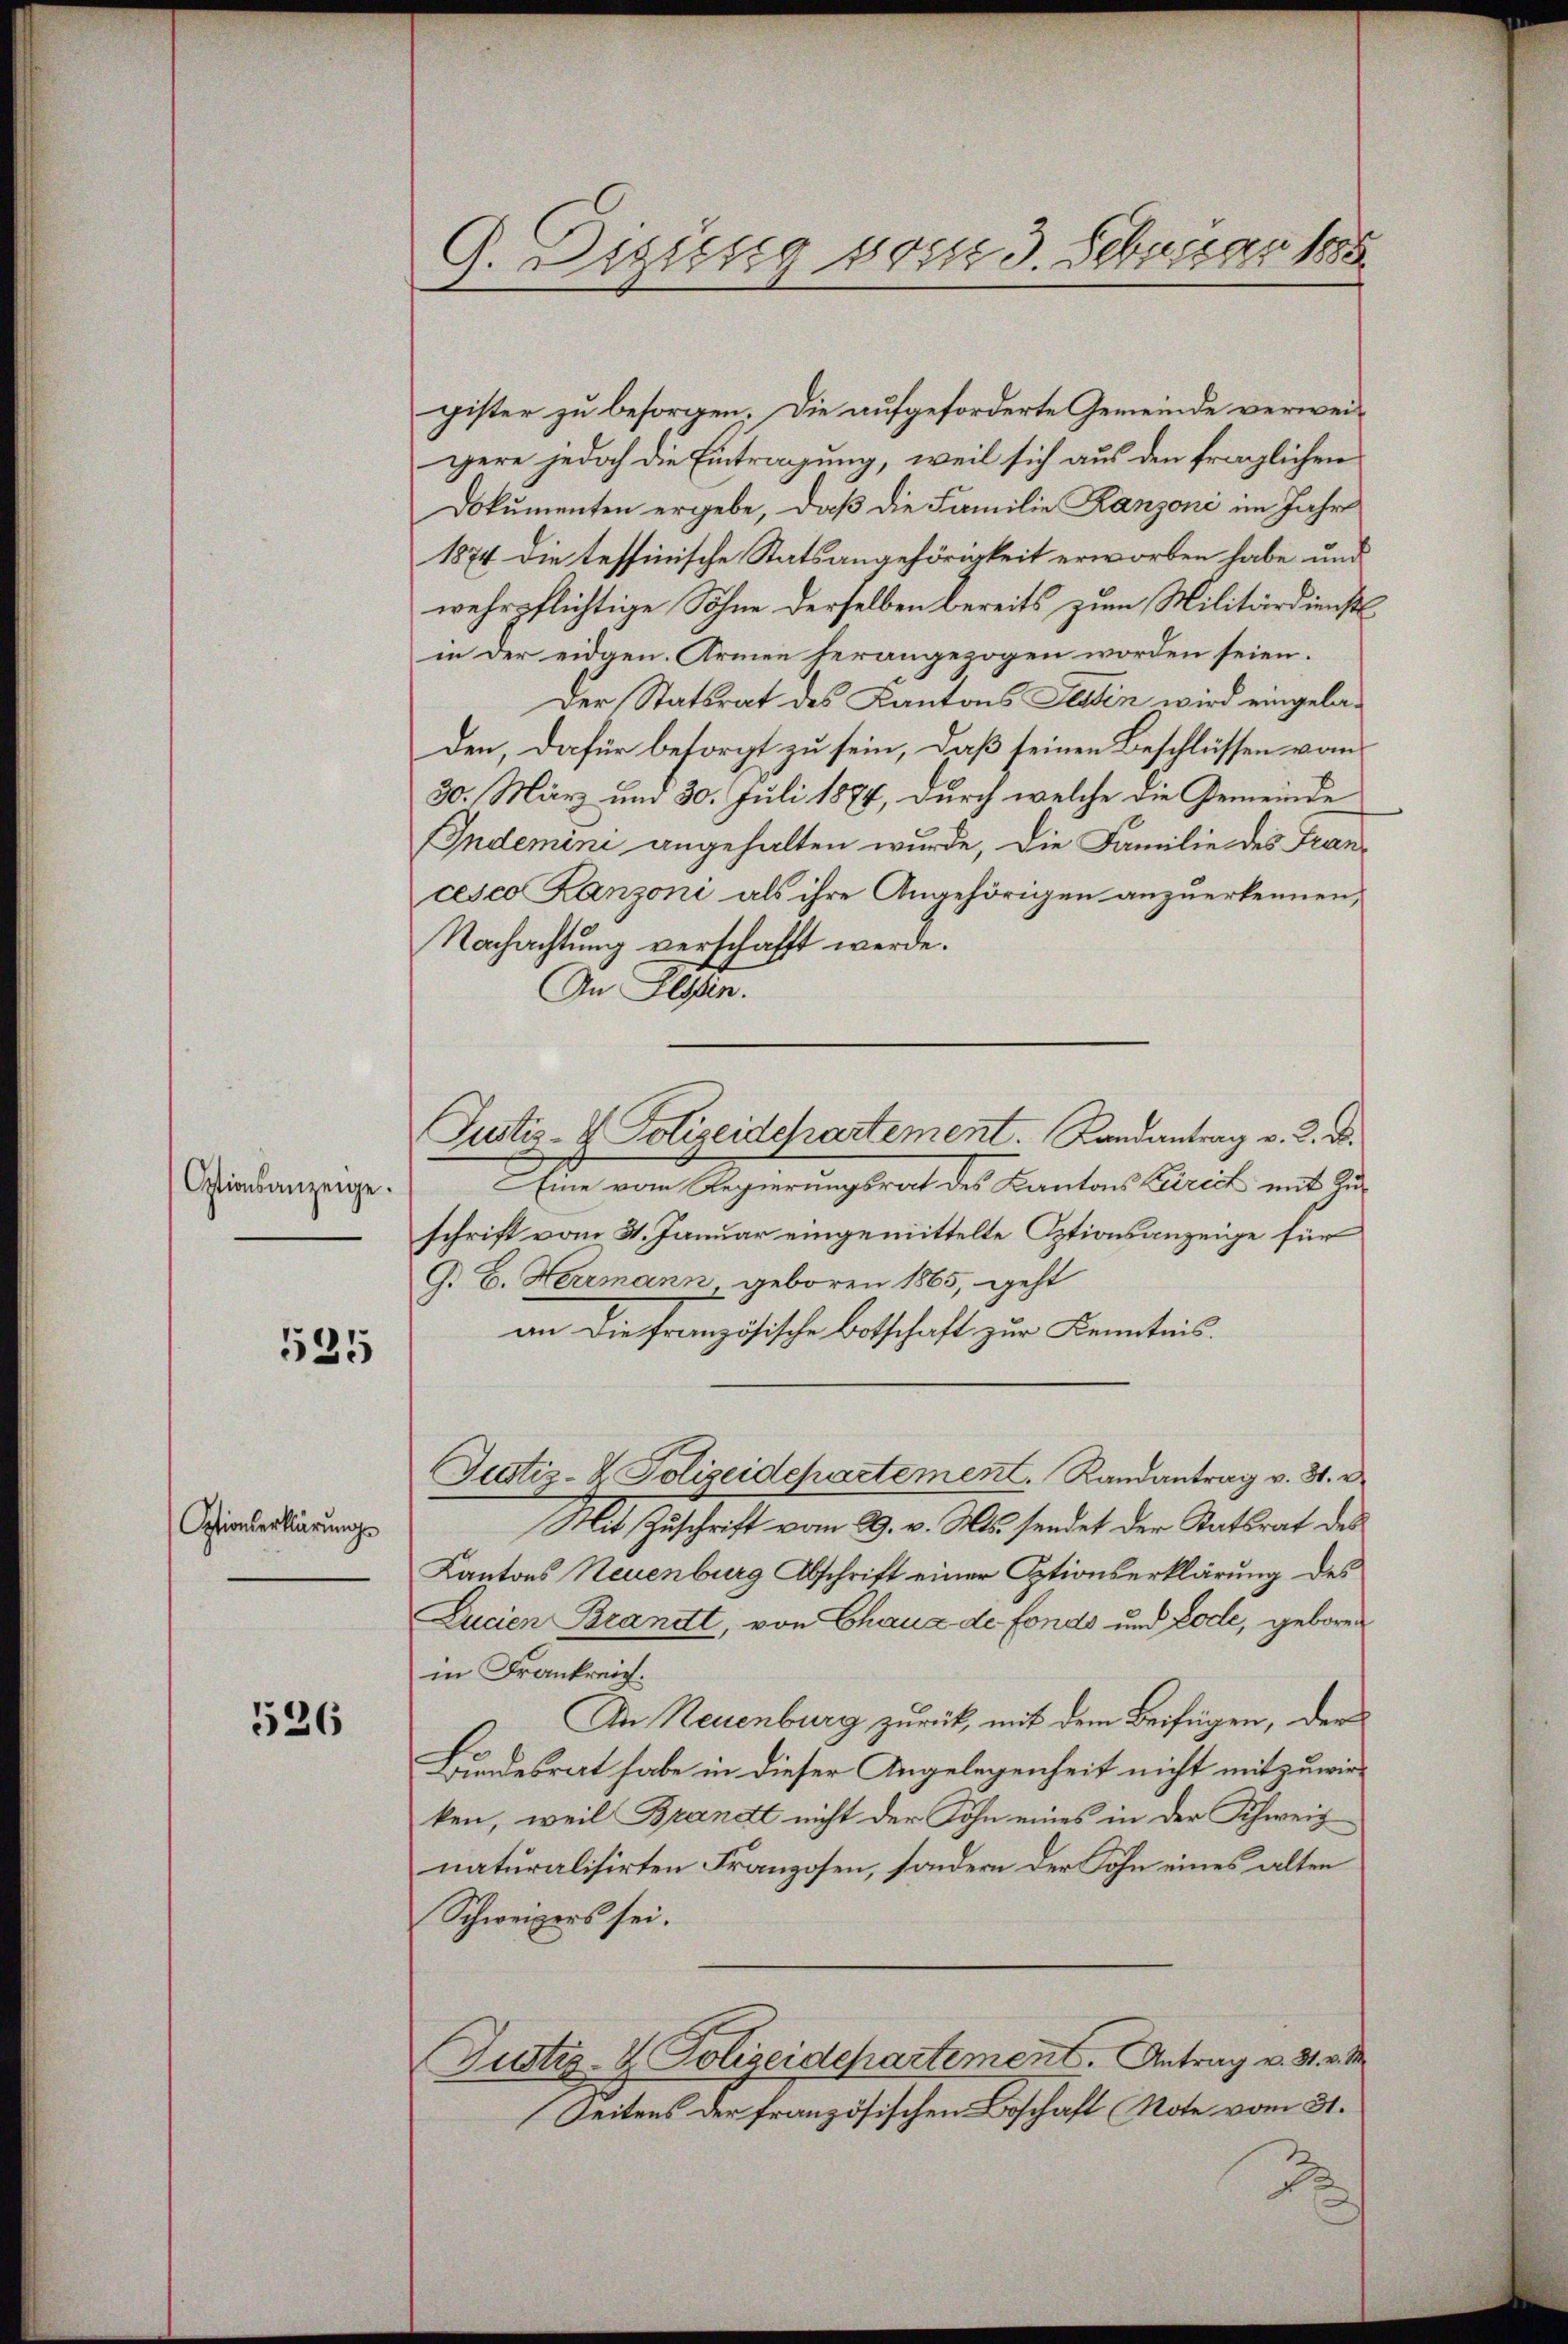
Optionsanzeige.

525

Optionserklärungs

526

G. Depusig vom 3. Februar 1885

gister zu besorgen. Die aufgeforderte Gemeinde verwei-
gere jedoch die Eintragung, weil sich aus den fraglichen
Dokumenten ergebe, daß die Familie Kanzoni im Jahre
1874 die teffinische Statsangehörigkeit erworben habe und
wehrpflichtige Sohne derselben bereits zum Militärdienst
in der eidgen. Armen herangezogen worden seien.
Der Statsrat des Kantons Tessin wird eingeladen, dafür besorgt zu sein, daß seinen Beschlüssen vom
30. März und 30. Juli 1874, durch welche die Gemeinde
Indemini angehalten wurde, die Familie des Francesco Zanzoni als ihre Angehörigen anzuerkennen,
Nachachtung verschafft werde.
In Tessin.
Eine vom Regierungsrat des Kantons Zürict mit Zuschrift vom 31. Januar eingemittelte Optionsanzeige für
G. B. Herrmann geboren 1865, geht
an die Französische Botschaft zur Kenntnis.
Justiz- & Polizeidepartement.  Randantrag v. 31. D
Mit Zuschrift vom 29. v. Mts. sendet der Statsrat des
Kantons Neuenburg Abschrift einer Optionserklärung des
Zucien Brandt, von Chaux de fonds und Lode, geboren
in Frankreich.
An Neuenburg zurück, mit dem Beifügen, der
Bundesrat habe in dieser Angelegenheit nicht mitzuwirken, weil Brandt nicht der Sohn eines in der Schweiz
naturalisirten Franzosen, sondern der Sohn eines alten
Schweizers sei.
Justiz- & Polizeidepartement. Antrag v. 31. v. M
Seitens der französischen Beschaft (Note vom 31.
d

Justiz- & Polizeidepartement. Landantrag v. 2. d.